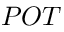
P O T